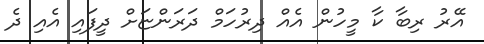
އޭރު ރިބާ ކާ މީހުން އެއް ދިރުހަމް ދަރަންޏަށް ދީފައި އެއި ދެ